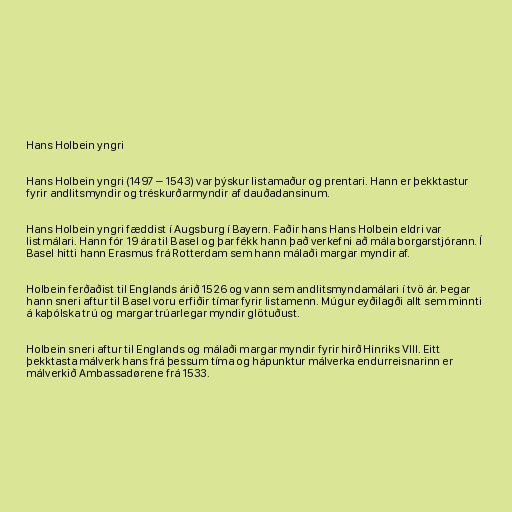
Hans Holbein yngri

Hans Holbein yngri (1497 – 1543) var þýskur listamaður og prentari. Hann er þekktastur
fyrir andlitsmyndir og tréskurðarmyndir af dauðadansinum.

Hans Holbein yngri fæddist í Augsburg í Bayern. Faðir hans Hans Holbein eldri var
listmálari. Hann fór 19 ára til Basel og þar fékk hann það verkefni að mála borgarstjórann. Í
Basel hitti hann Erasmus frá Rotterdam sem hann málaði margar myndir af.

Holbein ferðaðist til Englands árið 1526 og vann sem andlitsmyndamálari í tvö ár. Þegar
hann sneri aftur til Basel voru erfiðir tímar fyrir listamenn. Múgur eyðilagði allt sem minnti
á kaþólska trú og margar trúarlegar myndir glötuðust.

Holbein sneri aftur til Englands og málaði margar myndir fyrir hirð Hinriks VIII. Eitt
þekktasta málverk hans frá þessum tíma og hápunktur málverka endurreisnarinn er
málverkið Ambassadørene frá 1533.